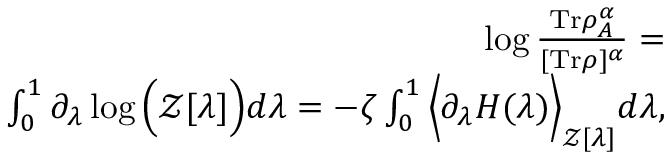
\begin{array} { r } { \log \frac { \mathrm { T r } \rho _ { A } ^ { \alpha } } { [ \mathrm { T r } \rho ] ^ { \alpha } } = } \\ { \int \displaylimits _ { 0 } ^ { 1 } \partial _ { \lambda } \log \Big ( \mathcal { Z } [ \lambda ] \Big ) d \lambda = - \zeta \int \displaylimits _ { 0 } ^ { 1 } \Big \langle \partial _ { \lambda } H ( \lambda ) \Big \rangle _ { \mathcal { Z } [ \lambda ] } d \lambda , } \end{array}